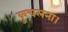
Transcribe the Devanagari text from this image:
कुचलना।